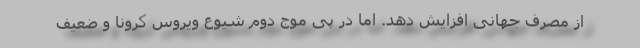
از مصرف جهانی افزایش دهد. اما در پی موج دوم شیوع ویروس کرونا و ضعیف